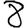
Digit: 8